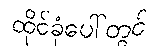
ထိုင်ခုံပေါ်တွင်